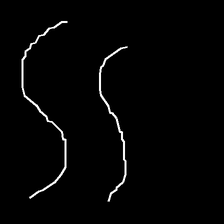
Glyph: float